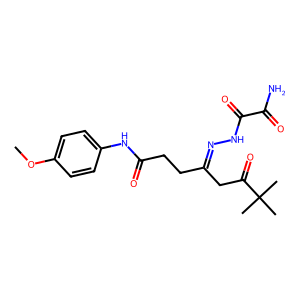
SMILES: COc1ccc(NC(=O)CCC(CC(=O)C(C)(C)C)=NNC(=O)C(N)=O)cc1
Inhibits HIV replication: No